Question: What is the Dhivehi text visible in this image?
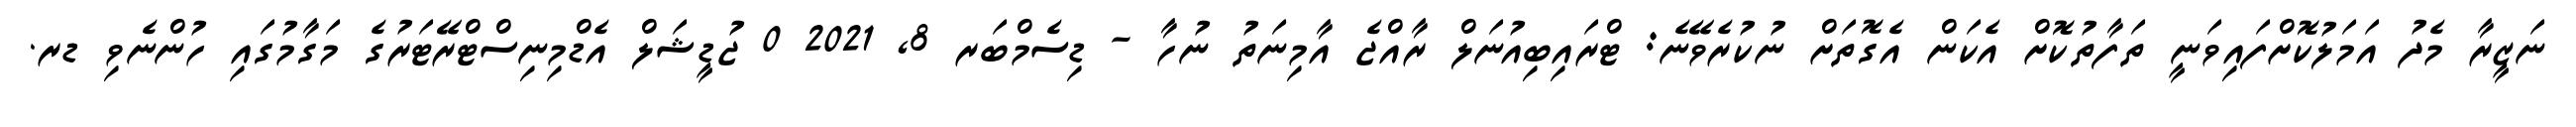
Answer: ނަޒީރާ މެދު އަމަލުކޮށްފައިވަނީ ތަފާތުކޮށް އެކަން އެގޮތަށް ނުކުރެވޭނެ: ޓްރައިބިއުނަލް ރާއްޖެ އާމިނަތު ނުހާ - ޑިސެމްބަރ 8, 2021 0 ޖުޑީޝަލް އެޑްމިނިސްޓްރޭޓަރުގެ މަގާމުގައި ހުންނެވި ޑރ.